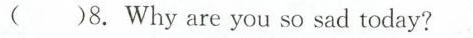
( )8.Why are you so sad today?